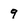
Character: 9